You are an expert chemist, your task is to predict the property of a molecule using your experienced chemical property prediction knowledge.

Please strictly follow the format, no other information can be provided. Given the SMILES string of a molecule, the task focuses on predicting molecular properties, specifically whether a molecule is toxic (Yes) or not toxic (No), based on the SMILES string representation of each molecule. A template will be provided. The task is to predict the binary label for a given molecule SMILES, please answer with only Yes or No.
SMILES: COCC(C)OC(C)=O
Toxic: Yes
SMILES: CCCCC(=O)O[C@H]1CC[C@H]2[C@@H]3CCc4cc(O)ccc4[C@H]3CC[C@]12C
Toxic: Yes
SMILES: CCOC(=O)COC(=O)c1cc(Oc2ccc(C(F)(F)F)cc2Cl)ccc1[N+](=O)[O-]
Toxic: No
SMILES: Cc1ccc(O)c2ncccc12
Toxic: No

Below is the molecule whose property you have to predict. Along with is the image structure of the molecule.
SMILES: CN1[C@H]2C[C@H](OC(=O)[C@H](CO)c3ccccc3)C[C@@H]1[C@H]1O[C@@H]21
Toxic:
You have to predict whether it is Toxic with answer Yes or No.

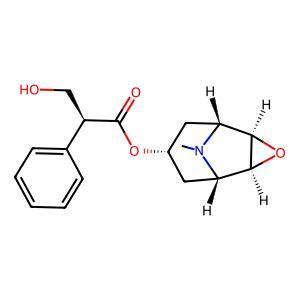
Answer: No